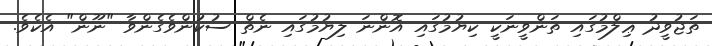
ތަޖުވީދު ޢިލްމުގައި ތަންވީނަކީ ކިޔުމުގައި އޮންނަ ލިޔުމުގައި ނެތް ސުކުންވެގެންވާ "ނޫން" އެކެވެ.